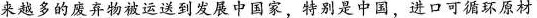
来越多的废弃物被运送到发展中国家，特别是中国，进口可循环原材